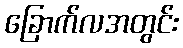
ခြောက်လအတွင်း